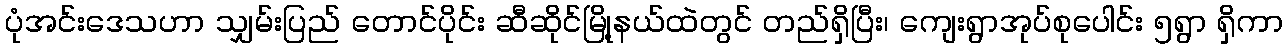
ပုံအင်းဒေသဟာ သျှမ်းပြည် တောင်ပိုင်း ဆီဆိုင်မြို့နယ်ထဲတွင် တည်ရှိပြီး၊ ကျေးရွာအုပ်စုပေါင်း ၅ရွာ ရှိကာ